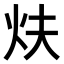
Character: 𤆮